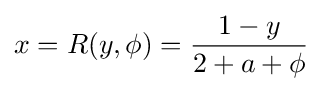
x=R(y,\phi )={\frac {1-y}{2+a+\phi }}